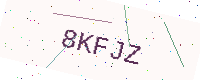
Text: 8KFJZ